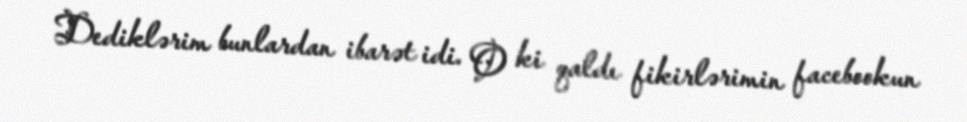
Dediklərim bunlardan ibarət idi. O ki qaldı fikirlərimin facebookun